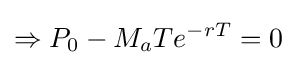
\Rightarrow P_{0}-M_{a}Te^{-rT}=0